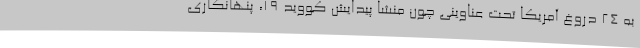
به 24 دروغ آمریکا تحت عناوینی چون منشا پیدایش کووید 19، پنهانکاری